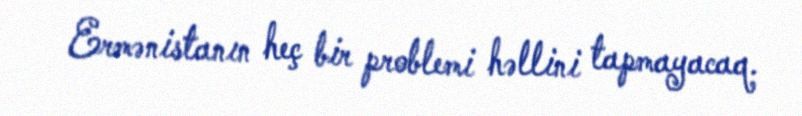
Ermənistanın heç bir problemi həllini tapmayacaq.